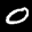
Label: 0